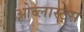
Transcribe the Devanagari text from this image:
ओब्लास्ट्स